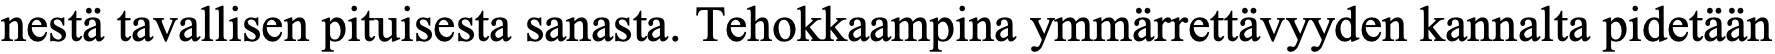
nestä tavallisen pituisesta sanasta. Tehokkaampina ymmärrettävyyden kannalta pidetään